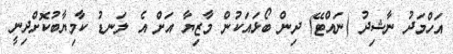
އަހްމަދު ނާޝިދު (ނައްޓޭ) ދިން ބޯޅައަކުން މާޒިޔާ އަށް އެ ލަނޑު ކާމިޔާބުކޮށްދިނީ